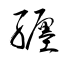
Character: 纒